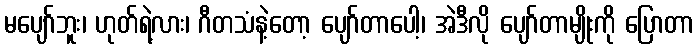
မပျော်ဘူး၊ ဟုတ်ရဲ့လား၊ ဂီတသံနဲ့တော့ ပျော်တာပေါ့၊ အဲဒီလို ပျော်တာမျိုးကို ပြောတာ